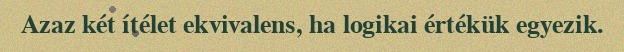
Azaz két ítélet ekvivalens, ha logikai értékük egyezik.